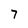
Character: 7